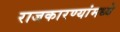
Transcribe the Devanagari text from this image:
राजकारण्यांमध्ये